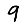
Digit: 9